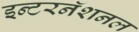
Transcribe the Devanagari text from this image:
इन्टरनॅशनल